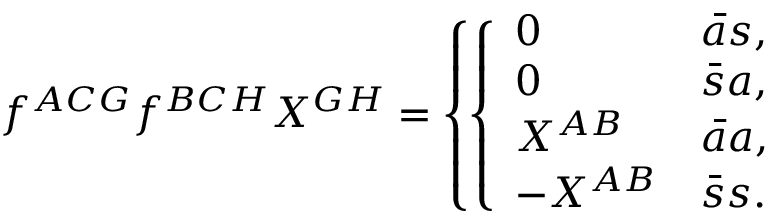
f ^ { A C G } f ^ { B C H } { \cal X } ^ { G H } = \left\{ \left\{ \begin{array} { l l } { { 0 } } & { { { \bar { a } s } , } } \\ { { 0 } } & { { { \bar { s } a } , } } \\ { { { \cal X } ^ { A B } } } & { { { \bar { a } a } , } } \\ { { - { \cal X } ^ { A B } } } & { { { \bar { s } s } . } } \end{array} \right. \right.